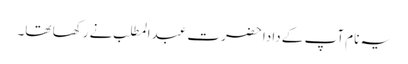
یہ نام آپ کے دادا حضرت عبدالمطلب نے رکھا تھا۔